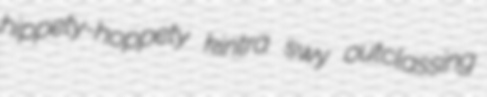
hippety-hoppety kintra swy outclassing